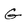
Character: G